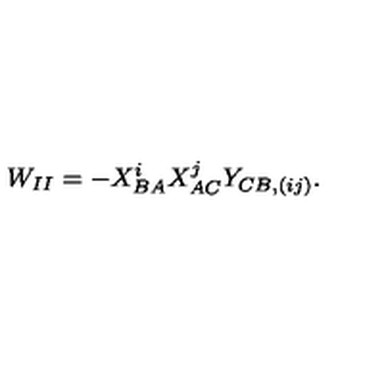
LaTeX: W _ { I I } = - X _ { B A } ^ { i } X _ { A C } ^ { j } Y _ { C B , ( i j ) } .